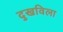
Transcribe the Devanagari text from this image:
दुखविला